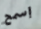
إسمح